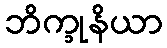
ဘိက္ခုနိယာ